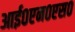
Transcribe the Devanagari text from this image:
आई०एन०एस०